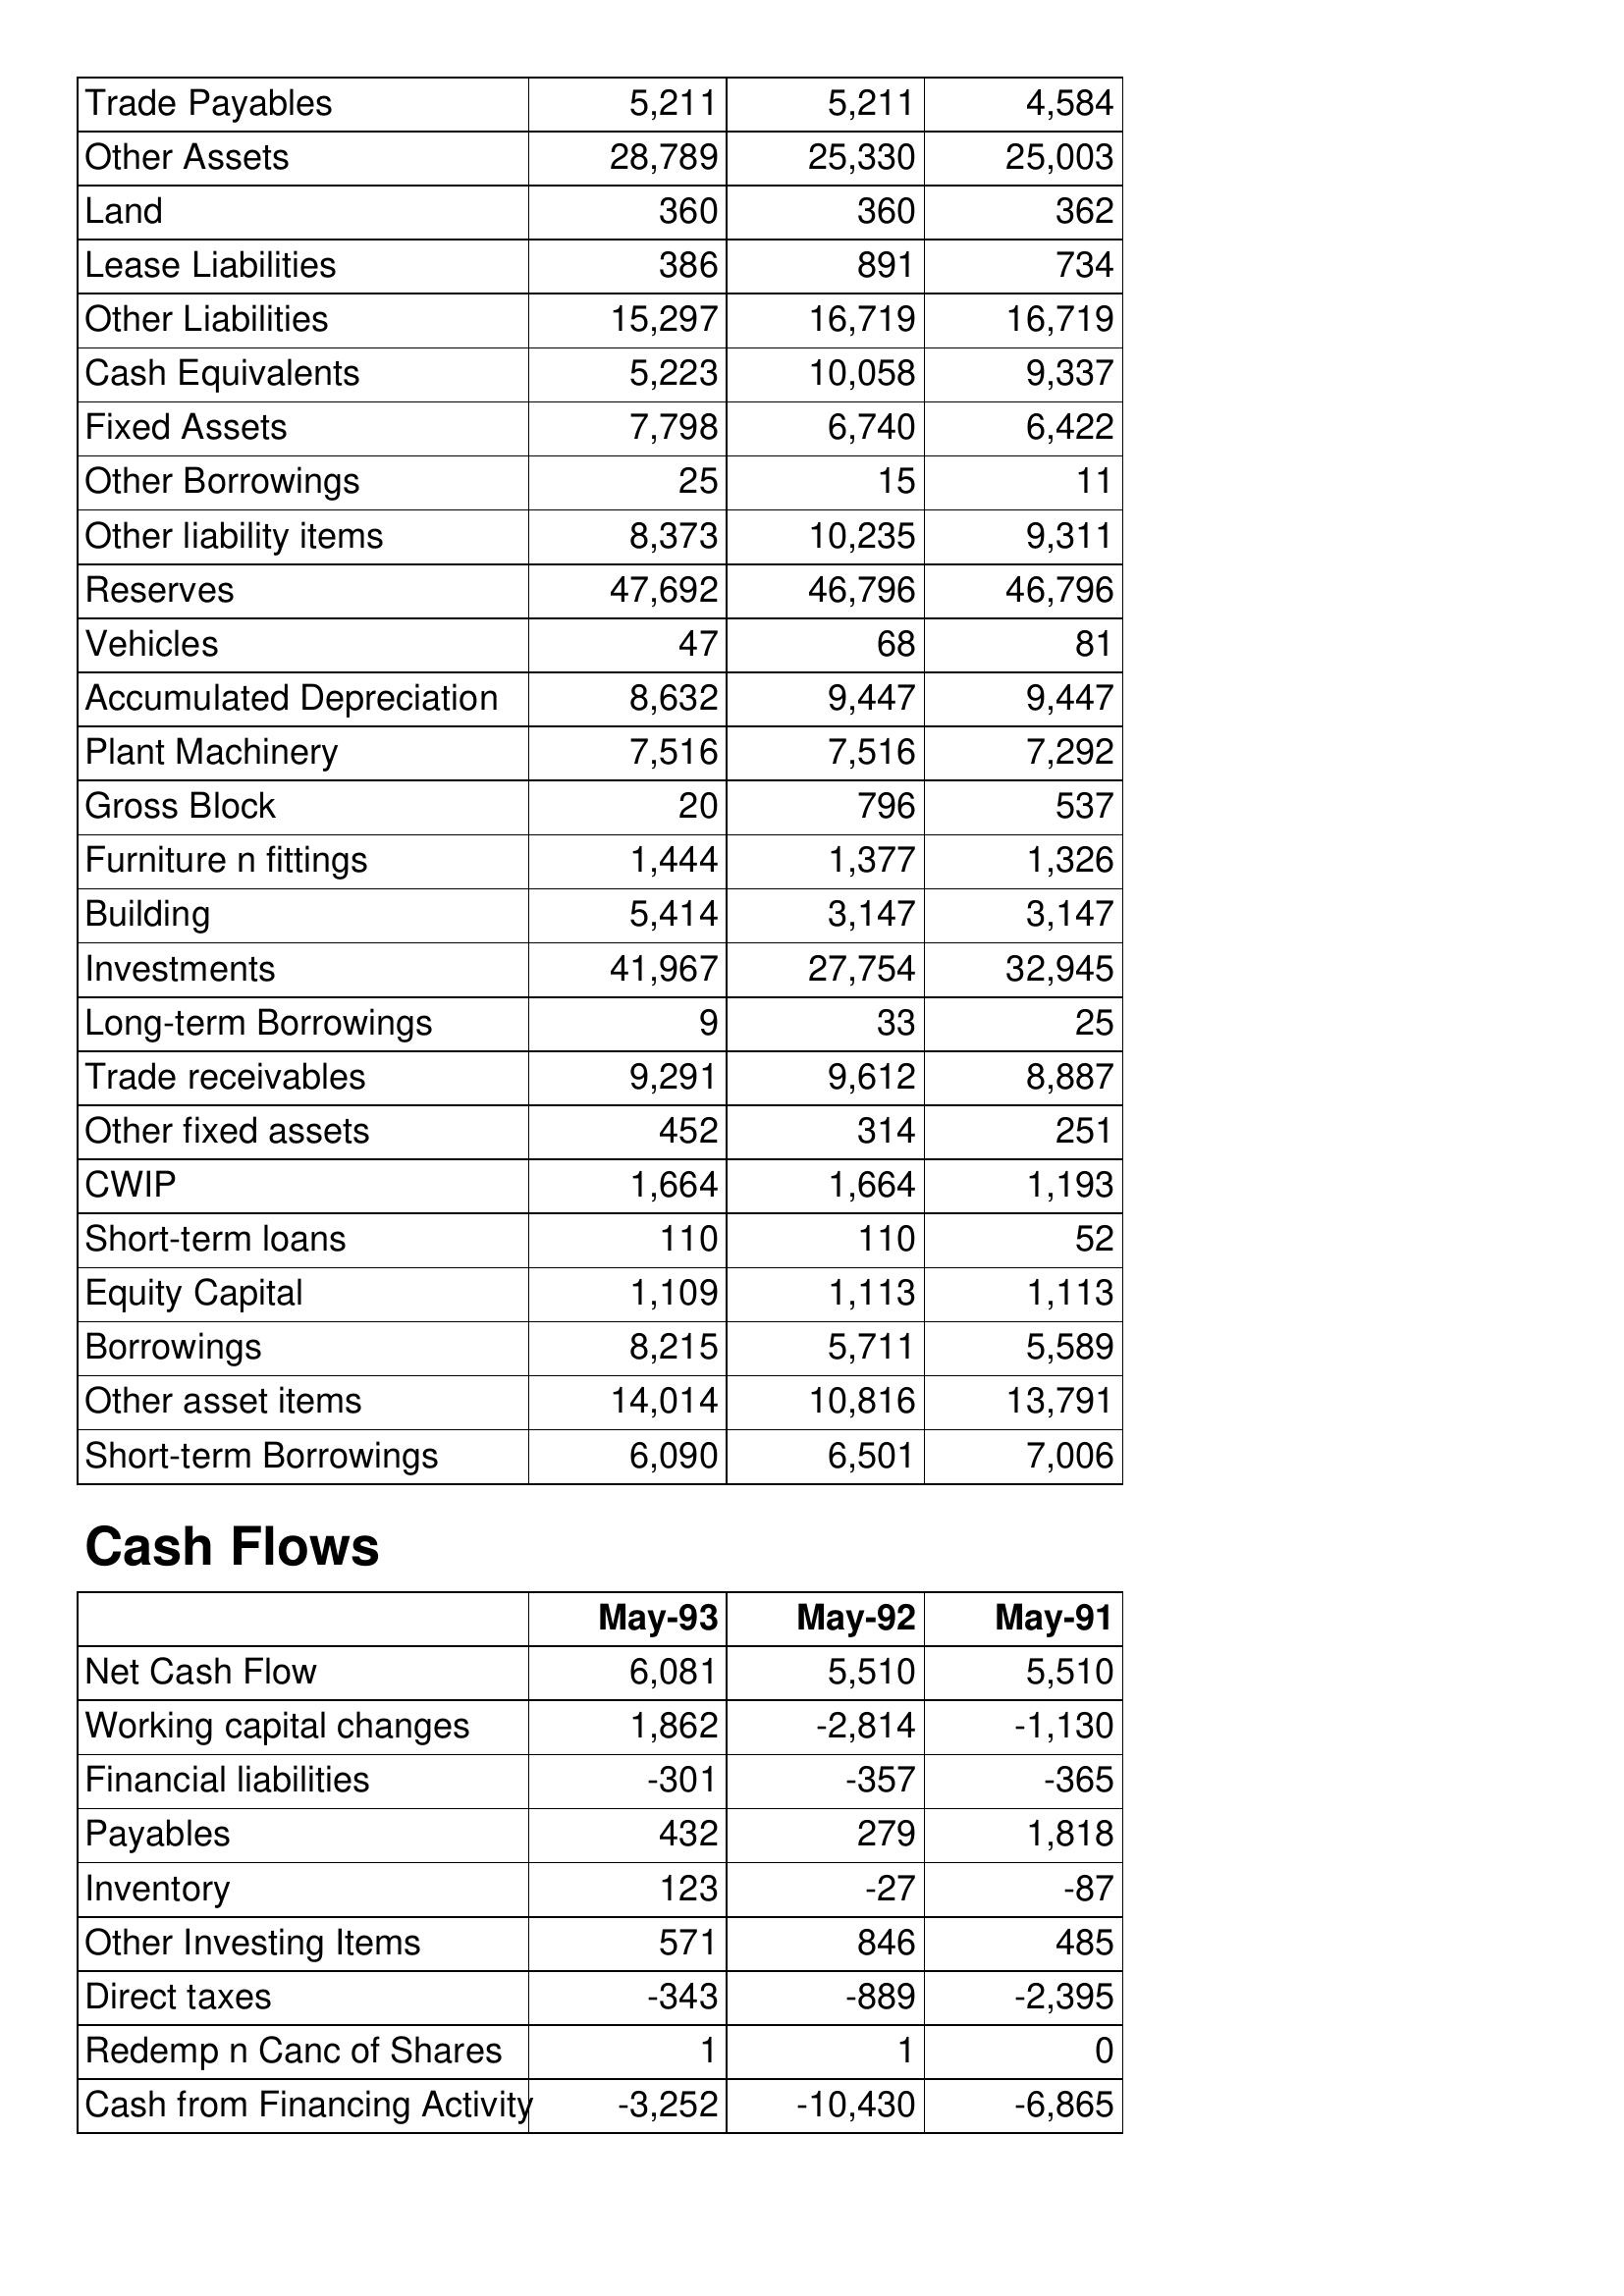
May-93: Balance Sheet: Trade Payables: 5,211
Other Assets: 28,789
Land: 360
Lease Liabilities: 386
Other Liabilities: 15,297
Cash Equivalents: 5,223
Fixed Assets: 7,798
Other Borrowings: 25
Other liability items: 8,373
Reserves: 47,692
Vehicles: 47
Accumulated Depreciation: 8,632
Plant Machinery: 7,516
Gross Block: 20
Furniture n fittings: 1,444
Building: 5,414
Investments: 41,967
Long-term Borrowings: 9
Trade receivables: 9,291
Other fixed assets: 452
CWIP: 1,664
Short-term loans: 110
Equity Capital: 1,109
Borrowings: 8,215
Other asset items: 14,014
Short-term Borrowings: 6,090
Cash Flows: Net Cash Flow: 6,081
Working capital changes: 1,862
Financial liabilities: -301
Payables: 432
Inventory: 123
Other Investing Items: 571
Direct taxes: -343
Redemp n Canc of Shares: 1
Cash from Financing Activity: -3,252
May-92: Balance Sheet: Trade Payables: 5,211
Other Assets: 25,330
Land: 360
Lease Liabilities: 891
Other Liabilities: 16,719
Cash Equivalents: 10,058
Fixed Assets: 6,740
Other Borrowings: 15
Other liability items: 10,235
Reserves: 46,796
Vehicles: 68
Accumulated Depreciation: 9,447
Plant Machinery: 7,516
Gross Block: 796
Furniture n fittings: 1,377
Building: 3,147
Investments: 27,754
Long-term Borrowings: 33
Trade receivables: 9,612
Other fixed assets: 314
CWIP: 1,664
Short-term loans: 110
Equity Capital: 1,113
Borrowings: 5,711
Other asset items: 10,816
Short-term Borrowings: 6,501
Cash Flows: Net Cash Flow: 5,510
Working capital changes: -2,814
Financial liabilities: -357
Payables: 279
Inventory: -27
Other Investing Items: 846
Direct taxes: -889
Redemp n Canc of Shares: 1
Cash from Financing Activity: -10,430
May-91: Balance Sheet: Trade Payables: 4,584
Other Assets: 25,003
Land: 362
Lease Liabilities: 734
Other Liabilities: 16,719
Cash Equivalents: 9,337
Fixed Assets: 6,422
Other Borrowings: 11
Other liability items: 9,311
Reserves: 46,796
Vehicles: 81
Accumulated Depreciation: 9,447
Plant Machinery: 7,292
Gross Block: 537
Furniture n fittings: 1,326
Building: 3,147
Investments: 32,945
Long-term Borrowings: 25
Trade receivables: 8,887
Other fixed assets: 251
CWIP: 1,193
Short-term loans: 52
Equity Capital: 1,113
Borrowings: 5,589
Other asset items: 13,791
Short-term Borrowings: 7,006
Cash Flows: Net Cash Flow: 5,510
Working capital changes: -1,130
Financial liabilities: -365
Payables: 1,818
Inventory: -87
Other Investing Items: 485
Direct taxes: -2,395
Redemp n Canc of Shares: 0
Cash from Financing Activity: -6,865